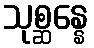
သုစ္ဆန္နေ